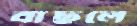
বাছলে